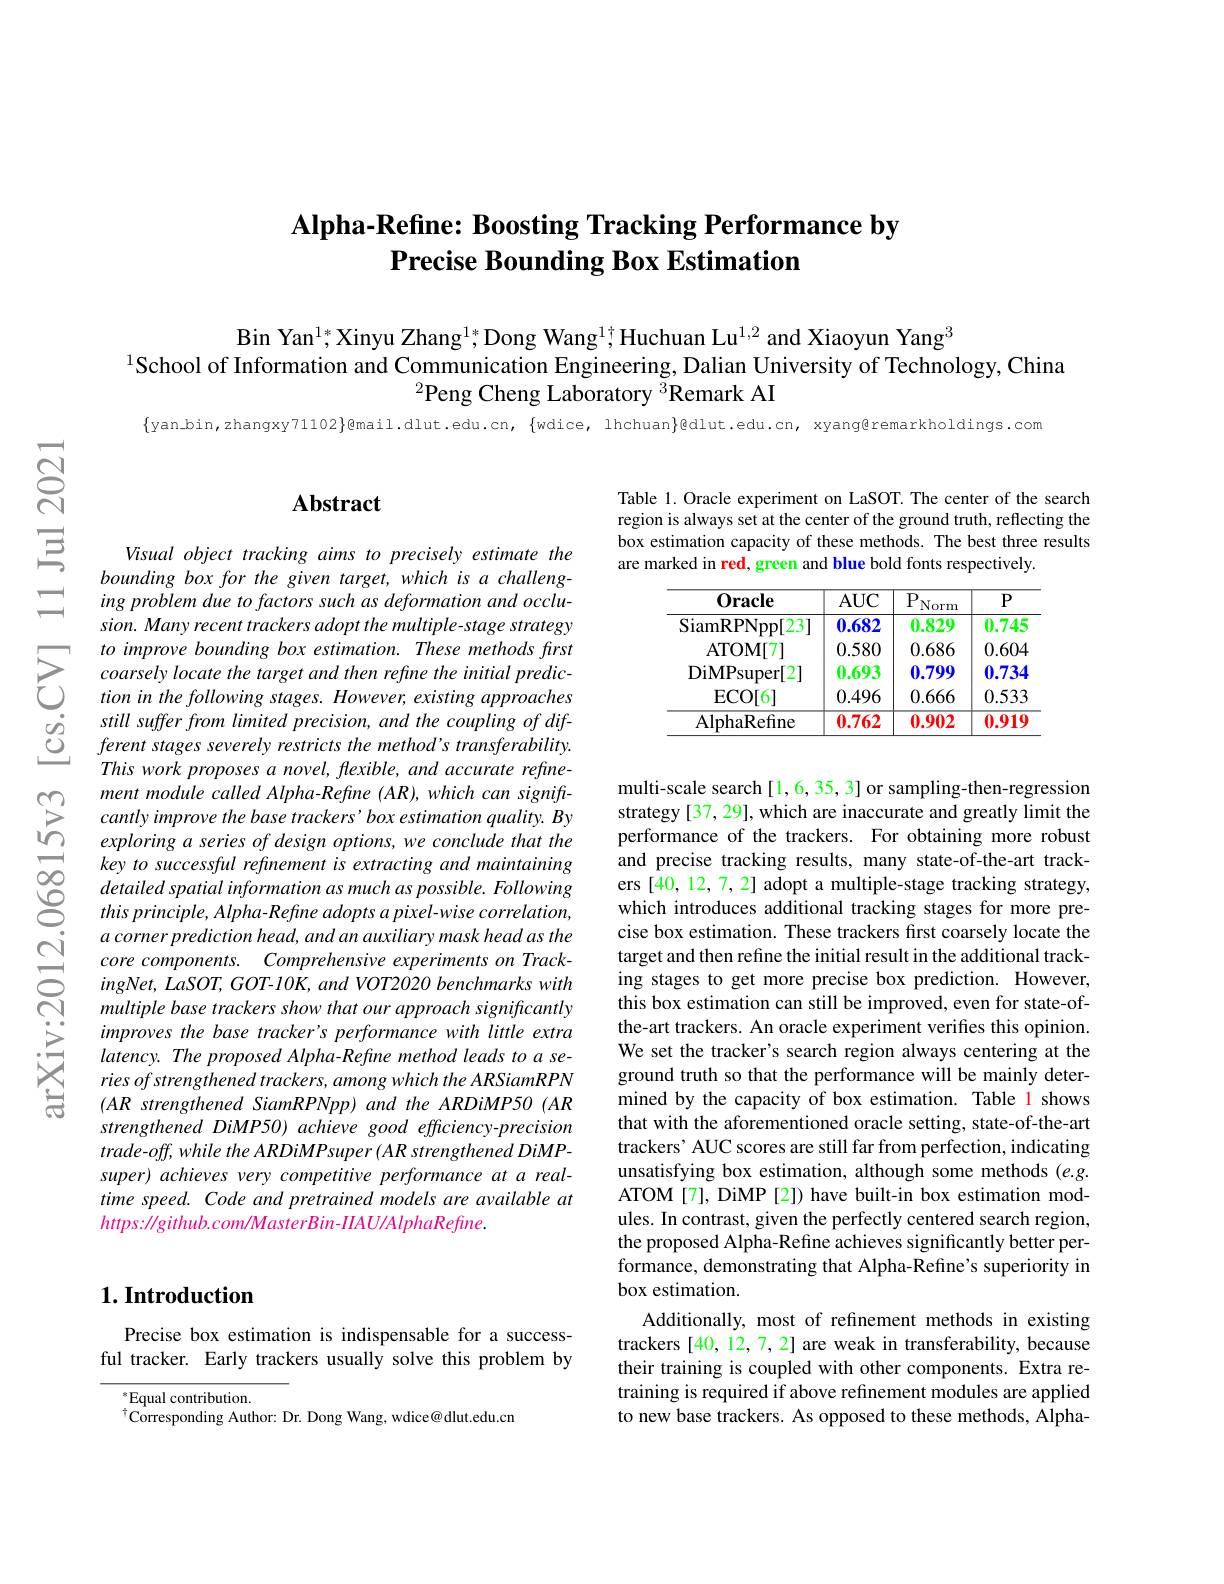
### Alpha-Refine: Boosting Tracking Performance by $\textbf{Precise Bounding Box Estimation}$

Bin Yan$^{1*}$,Xinyu Zhang$^{1*}$;Dong Wang$^{1\dagger}$Huchuan Lu$^{1,2}$ and Xiaoyun Yang$^{3}$
$^{1}$School of Information and Communication Engineering, Dalian University of Technology, China
$^{2}$Peng Cheng Laboratory $^{3}$Remark AI

$\{$yan.bin,zhangxy71102$\}$@mail.dlut.edu.cn, $\{$wdice, lhchuan$\}$@dlut.edu.cn, xyang@remarkholdings.com

### $\mathbf{Abstract}$

Visual object tracking aims to precisely estimate the bounding box for the given target, which is a challenging problem due to factors such as deformation and occlusion. Many recent trackers adopt the multiple-stage strategy
$\sum_{\begin{array}{ccc}&to\text{ improve bounding box estimation. These methods frst}\\&coarsely\text{ locate the target and then refine the initial predic-}\\&tion\text{ in the following stages. However, existing approaches}\end{array}}$ $\begin{array}{lll}{\dot{o}}&{still~suffer~from~limited~precision,~and~the~coupling~of~dif-}\\{\dot{O}}&{ferent~stages~severely~restricts~the~method's~transferability.}\\{\underline{C}}&{ferent~stages~severely~restricts~the~method's~transferability.}\end{array}$
This work proposes a novel, flexible, and accurate refinement module called Alpha- Refine ( AR), which can signiftcantly improve the base trackers'box estimation quality. By exploring a series of design options, we conclude that the key to successful refinement is extracting and maintaining detailed spatial information as much as possible. Following this principle, Alpha- Refine adopts a pixel-wise correlation, a corner prediction head, and an auxiliary mask head as the core components. Comprehensive experiments on Track- $ingNet,LaSOT,GOT-10K,andVOT2020benchmarkswith$ multiple base trackers show that our approach significantly improves the base tracker's performance with little extra latency. The proposed Alpha- Refine method leads to a series of strengthened trackers, among which the ARSiamRPN $(ARstrengthenedSiamRPNpp)andtheARDiMP50(AR$ strengthened DiMP50) achieve good efficiency-precision $trade-off,whiletheARDiMPsuper(ARstrengthenedDiMP-$ super) achieves very competitive performance at a realtime speed. Code and pretrained models are available at $https://github.com/MasterBin-IIAU/AlphaRefine.$

### $1. \textbf{Introduction}$

### Precise box estimation is indispensable for a successful tracker. Early trackers usually solve this problem by

$^*$Equal contribution.
$^{\dagger}$Corresponding Author: Dr. Dong Wang, wdice@ dlut.edu.cn

Table 1. Oracle experiment on LaSOT. The center of the search region is always set at the center of the ground truth, reflecting the box estimation capacity of these methods. The best three results are marked in red, green and blue bold fonts respectively.

<table>
	<tbody>
		<tr>
			<th>$\mathbf{0}\mathbf{racle}$</th>
			<th>$AUC$</th>
			<th>$P$ Norm</th>
			<th>$P$</th>
		</tr>
		<tr>
			<td>SiamRPNpp[23]</td>
			<td>0.682</td>
			<td>0.829</td>
			<td>0.745</td>
		</tr>
		<tr>
			<td>$\operatorname{ECO[6]}$</td>
			<td>0.496</td>
			<td>0.666</td>
			<td>0.533</td>
		</tr>
		<tr>
			<td>AlphaRefine</td>
			<td>0.762</td>
			<td>0.902</td>
			<td>0.919</td>
		</tr>
	</tbody>
</table>

multi-scale search [1,6,35,3] or sampling-then-regression strategy [37, 29], which are inaccurate and greatly limit the performance of the trackers. For obtaining more robust and precise tracking results, many state-of-the-art trackers [40,12,7,2] adopt a multiple-stage tracking strategy, which introduces additional tracking stages for more precise box estimation. These trackers first coarsely locate the target and then refine the initial result in the additional tracking stages to get more precise box prediction. However, this box estimation can still be improved, even for state-ofthe-art trackers. An oracle experiment verifies this opinion. We set the tracker's search region always centering at the ground truth so that the performance will be mainly determined by the capacity of box estimation. Table l shows that with the aforementioned oracle setting, state-of-the-art trackers' AUC scores are still far from perfection, indicating unsatisfying box estimation, although some methods (e.g. ATOM[7], DiMP[2]) have built-in box estimation modules. In contrast, given the perfectly centered search region, the proposed Alpha-Refine achieves significantly better performance, demonstrating that Alpha-Refine's superiority in box estimation.
Additionally, most of refinement methods in existing trackers [40,12,7,2] are weak in transferability, because their training is coupled with other components. Extra retraining is required if above refinement modules are applied to new base trackers. As opposed to these methods, Alpha-